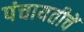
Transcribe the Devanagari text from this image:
पंचायतीचें